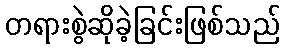
တရားစွဲဆိုခဲ့ခြင်းဖြစ်သည်